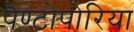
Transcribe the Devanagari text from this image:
पैण्टोपोरिया